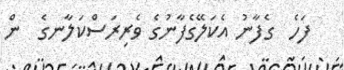
ފަހެ  ގެފާނު އެކަލޭގެފާނުގެ ވެރިރަސްކަލާނގެ  ން